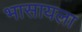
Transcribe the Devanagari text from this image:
भासायला